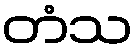
တံသ